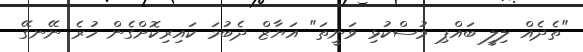
"ތެދެއް ލިލީ ބައްޕި މުސްކުޅި ވަނީތަ" އަޔާޒް ދެބުމަ ކައިރިކޮށްގެން ހުރެ ނޭނގޭ